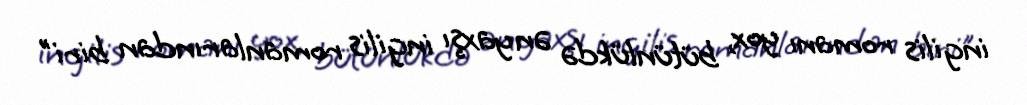
ingilis romanı yox, bütünlükdə ən yaxşı ingilis romanlarından biri"